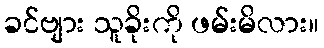
ခင်ဗျား သူခိုးကို ဖမ်းမိလား။